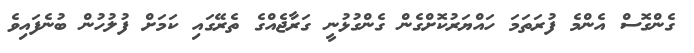
ގެންގޮސް އެންމެ ފުރަތަމަ ހައްޔަރުކޮށްގެން ގެންގުޅުނީ ގަރާޖެއްގެ ތެރޭގައި ކަމަށް ފުލުހުން ބުނެފައިވެ